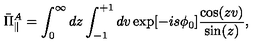
\bar { \Pi } _ { \parallel } ^ { A } = \int _ { 0 } ^ { \infty } d z \int _ { - 1 } ^ { + 1 } d v \exp [ { - i s \phi _ { 0 } } ] \frac { \cos ( z v ) } { \sin ( z ) } ,